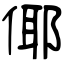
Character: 倻